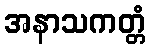
အနာသကတ္တံ